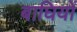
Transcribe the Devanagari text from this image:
बाघियों